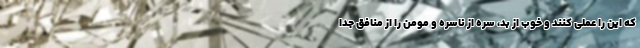
که این را عملی کنند و خوب از بد، سره از ناسره و مومن را از منافق جدا